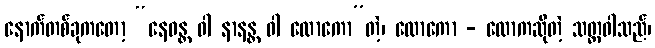
နောက်တစ်ခုကတော့ “နေဝန္တ ဝါ နာနန္တ ဝါ လောကော”တဲ့၊ လောကော - လောကဆိုတဲ့ သတ္တဝါသည်၊